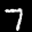
Label: 7